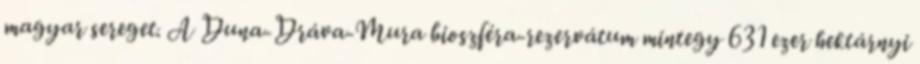
magyar sereget. A Duna-Dráva-Mura bioszféra-rezervátum mintegy 631 ezer hektárnyi